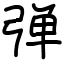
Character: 弹